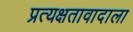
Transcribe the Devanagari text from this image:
प्रत्यक्षतावादाला